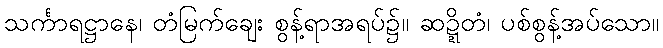
သင်္ကာရဋ္ဌာနေ၊ တံမြက်ချေး စွန့်ရာအရပ်၌။ ဆဍ္ဍိတံ၊ ပစ်စွန့်အပ်သော။